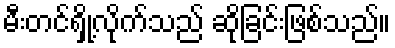
မီးတင်ရှို့လိုက်သည် ဆိုခြင်းဖြစ်သည်။